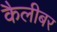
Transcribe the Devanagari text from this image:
कैलीबर